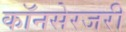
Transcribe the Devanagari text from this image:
कॉनसेरजरी